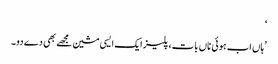
‘
’ہاں اب ہوئی ناں بات، پلیز ایک ایسی مشین مجھے بھی دے دو۔